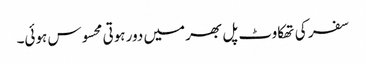
سفر کی تھکاوٹ پل بھر میں دور ہوتی محسوس ہوئی۔